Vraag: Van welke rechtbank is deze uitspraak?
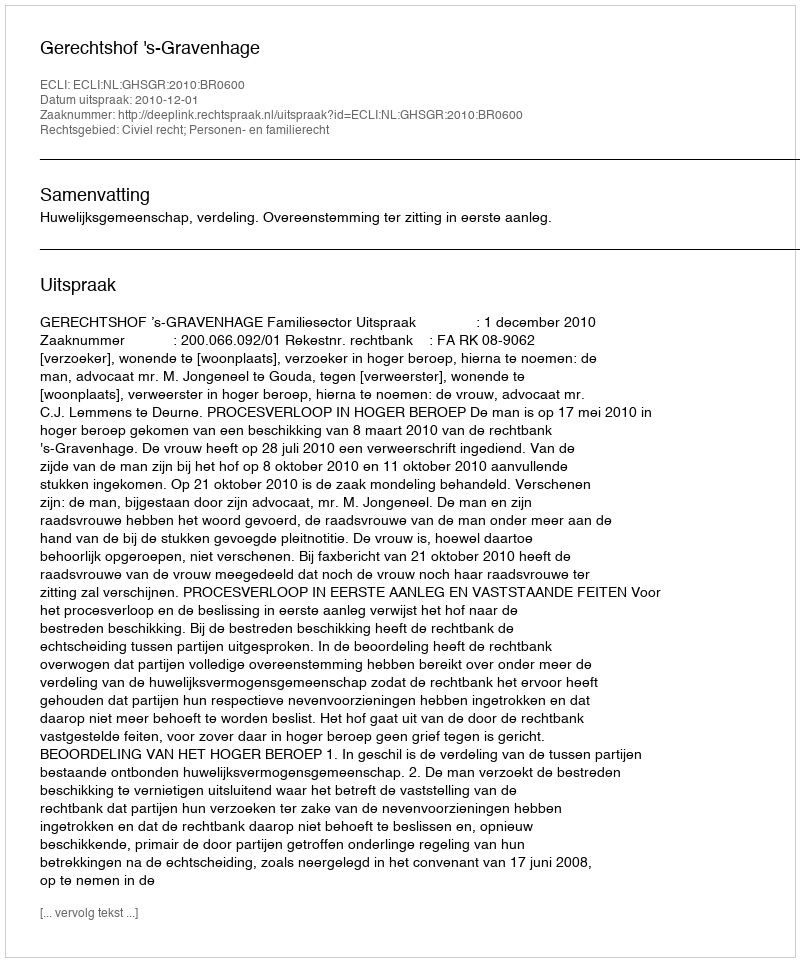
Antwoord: Gerechtshof 's-Gravenhage